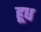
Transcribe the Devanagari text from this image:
हूध